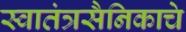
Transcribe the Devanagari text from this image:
स्वातंत्रसैनिकाचे